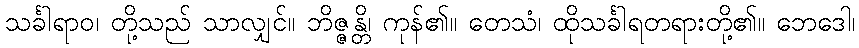
သင်္ခါရာဝ၊ တို့သည် သာလျှင်။ ဘိဇ္ဇန္တိ၊ ကုန်၏။ တေသံ၊ ထိုသင်္ခါရတရားတို့၏။ ဘေဒေါ၊